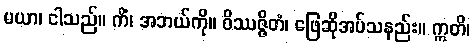
မယာ၊ ငါသည်။ ကိံ၊ အဘယ်ကို။ ဝိဿဇ္ဇိတံ၊ ဖြေဆိုအပ်သနည်း။ ဣတိ၊